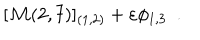
LaTeX: [ { \cal M } ( 2 , 7 ) ] _ { ( 1 , 2 ) } + \varepsilon \phi _ { 1 , 3 } \, \, \, .